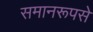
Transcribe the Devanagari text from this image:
समानरूपसे